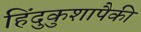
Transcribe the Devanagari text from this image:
हिंदुकुशापैकी